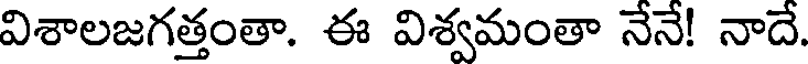
విశాలజగత్తంతా. ఈ విశ్వమంతా నేనే! నాదే.